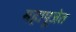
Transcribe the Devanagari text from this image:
महापूजेत